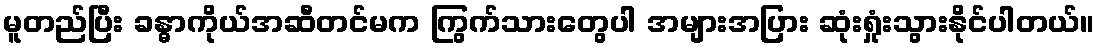
မူတည်ပြီး ခန္ဓာကိုယ်အဆီတင်မက ကြွက်သားတွေပါ အများအပြား ဆုံးရှုံးသွားနိုင်ပါတယ်။